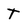
Character: T